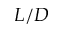
L / D